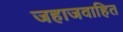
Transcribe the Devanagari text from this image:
जहाजवाहित